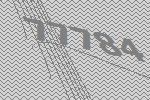
77784